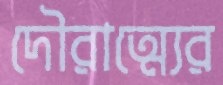
দৌরাত্ম্যের